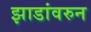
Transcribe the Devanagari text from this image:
झाडांवरुन